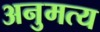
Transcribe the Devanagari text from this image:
अनुमत्य